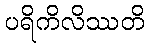
ပရိကိလိဿတိ